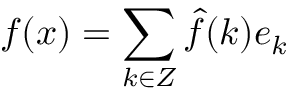
f ( x ) = \sum _ { k \in Z } { \hat { f } } ( k ) e _ { k }